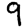
Digit: 9